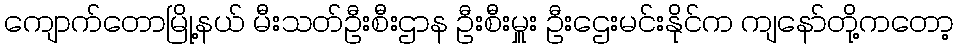
ကျောက်တောမြို့နယ် မီးသတ်ဦးစီးဌာန ဦးစီးမှူး ဦးဌေးမင်းနိုင်က ကျနော်တို့ကတော့